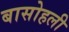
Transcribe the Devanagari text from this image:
बासोहली